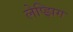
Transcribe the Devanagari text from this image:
लेप्झिग